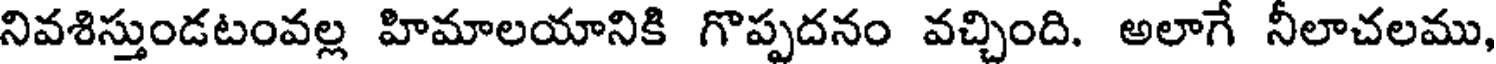
నివశిస్తుండటంవల్ల హిమాలయానికి గొప్పదనం వచ్చింది. అలాగే నీలాచలము,